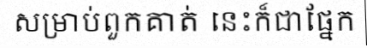
សម្រាប់ពួកគាត់ នេះក៏ជាផ្នែក